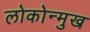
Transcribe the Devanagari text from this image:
लोकोन्मुख